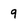
Character: 9